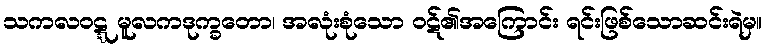
သကလဝဋ္ဋ မူလကဒုက္ခတော၊ အလုံးစုံသော ဝဋ်၏အကြောင်း ရင်းဖြစ်သောဆင်းရဲမှ။